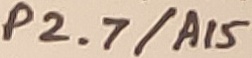
Text: P2.7/A15